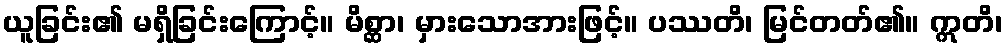
ယူခြင်း၏ မရှိခြင်းကြောင့်။ မိစ္ဆာ၊ မှားသောအားဖြင့်။ ပဿတိ၊ မြင်တတ်၏။ ဣတိ၊